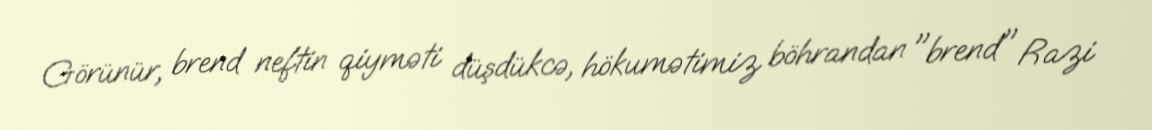
Görünür, brend neftin qiyməti düşdükcə, hökumətimiz böhrandan "brend" Razi